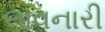
લાવનારી